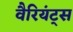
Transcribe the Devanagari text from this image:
वैरियंट्स